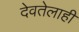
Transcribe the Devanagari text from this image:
देवतेलाही